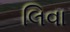
લિવા